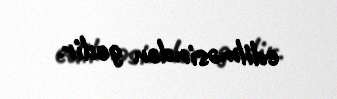
edilməsindən gedir.